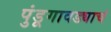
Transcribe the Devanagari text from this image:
पुंडूगावड्याचं